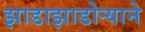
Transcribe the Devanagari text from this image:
झाडाझाडोऱ्याने